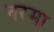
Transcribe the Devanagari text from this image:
नरमा